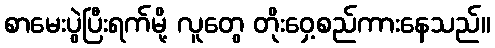
စာမေးပွဲပြီးရက်မို့ လူတွေ တိုးဝှေ့စည်ကားနေသည်။